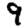
Digit: 9